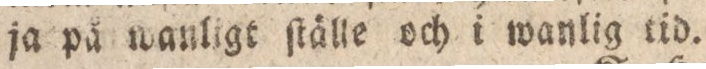
ja på wanligt ſtälle och i wanlig tid.